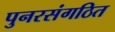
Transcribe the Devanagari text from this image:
पुनरसंगठित